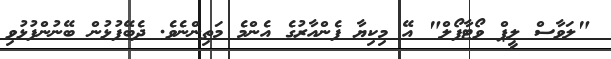
"ލަވާސް ލީޕް ވޯޓާފޯލް" އޭ މިކިޔާ ފެންއާރުގެ އެންމެ މަތިންނެވެ. ދެބޭފުޅުން ބޭނުންފުޅުވި